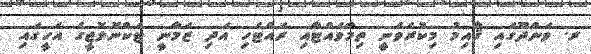
ރ. ވަންދޫގައި ޤާއިމު މިކުރެވެނީ ތިމާވެއްޓާއި ރައްޓެހި އަދި ޒަމާނީ ޓެކްނޮލޮޖީގެ އެހީގައި